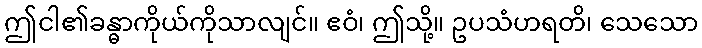
ဤငါ၏ခန္ဓာကိုယ်ကိုသာလျင်။ ဧဝံ၊ ဤသို့။ ဥပသံဟရတိ၊ သေသော